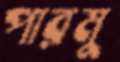
পারমু